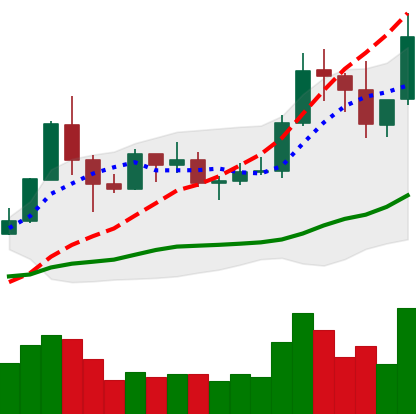
Ticker: TRX-USD
Chart end date: 2019-06-01
Forward return: -12.238%
Label: down_7plus